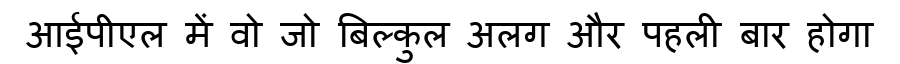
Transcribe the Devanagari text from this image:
आईपीएल में वो जो बिल्कुल अलग और पहली बार होगा